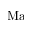
\mathrm { M a }